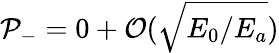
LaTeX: {\cal P}_{-}=0+{\cal O}(\sqrt{E_{0}/E_{a}})